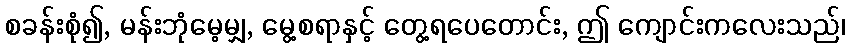
စခန်းစုံ၍, မန်းဘုံမေ့မျှ, မွေ့စရာနှင့် တွေ့ရပေတောင်း, ဤ ကျောင်းကလေးသည်၊